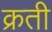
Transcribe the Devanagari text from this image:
क्रती